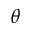
\theta